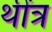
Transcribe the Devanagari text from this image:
थींत्र